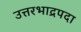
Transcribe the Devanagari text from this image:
उत्तरभाद्रपदा